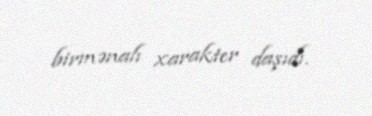
birmənalı xarakter daşıdı.